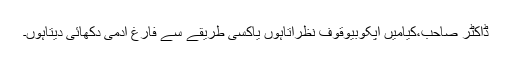
ڈاکٹر صاحب،کیامیں آپکوبیوقوف نظرآتاہوں یاکسی طریقے سے فارغ آدمی دکھائی دیتاہوں۔